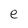
Character: e